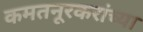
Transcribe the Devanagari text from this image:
कमतनूरकरांच्या